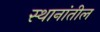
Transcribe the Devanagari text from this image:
स्थानांतील